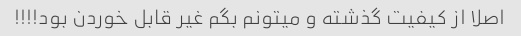
اصلا از کیفیت گذشته و میتونم بگم غیر قابل خوردن بود!!!!